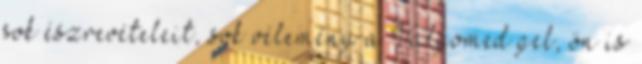
sok észrevételeit, sok vélemény a Valgomed gel, ön is